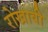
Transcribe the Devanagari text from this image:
रोखावी